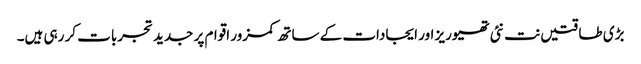
بڑی طاقتیں نت نئی تھیوریز اور ایجادات کے ساتھ کمزور اقوام پر جدید تجربات کر رہی ہیں۔